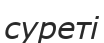
суреті